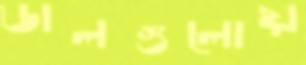
ডালগুলোয়